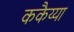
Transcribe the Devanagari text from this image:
ककैय्या